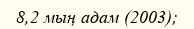
8,2 мың адам (2003);